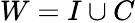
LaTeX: W=I\cup C